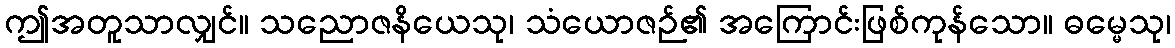
ဤအတူသာလျှင်။ သညောဇနိယေသု၊ သံယောဇဉ်၏ အကြောင်းဖြစ်ကုန်သော။ ဓမ္မေသု၊